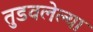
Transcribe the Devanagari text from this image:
तुडवलेल्या